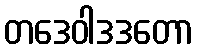
တဒေဝါဒဒတော